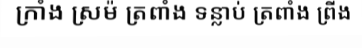
ក្រាំង ស្រម៉ ត្រពាំង ទន្លាប់ ត្រពាំង ព្រីង